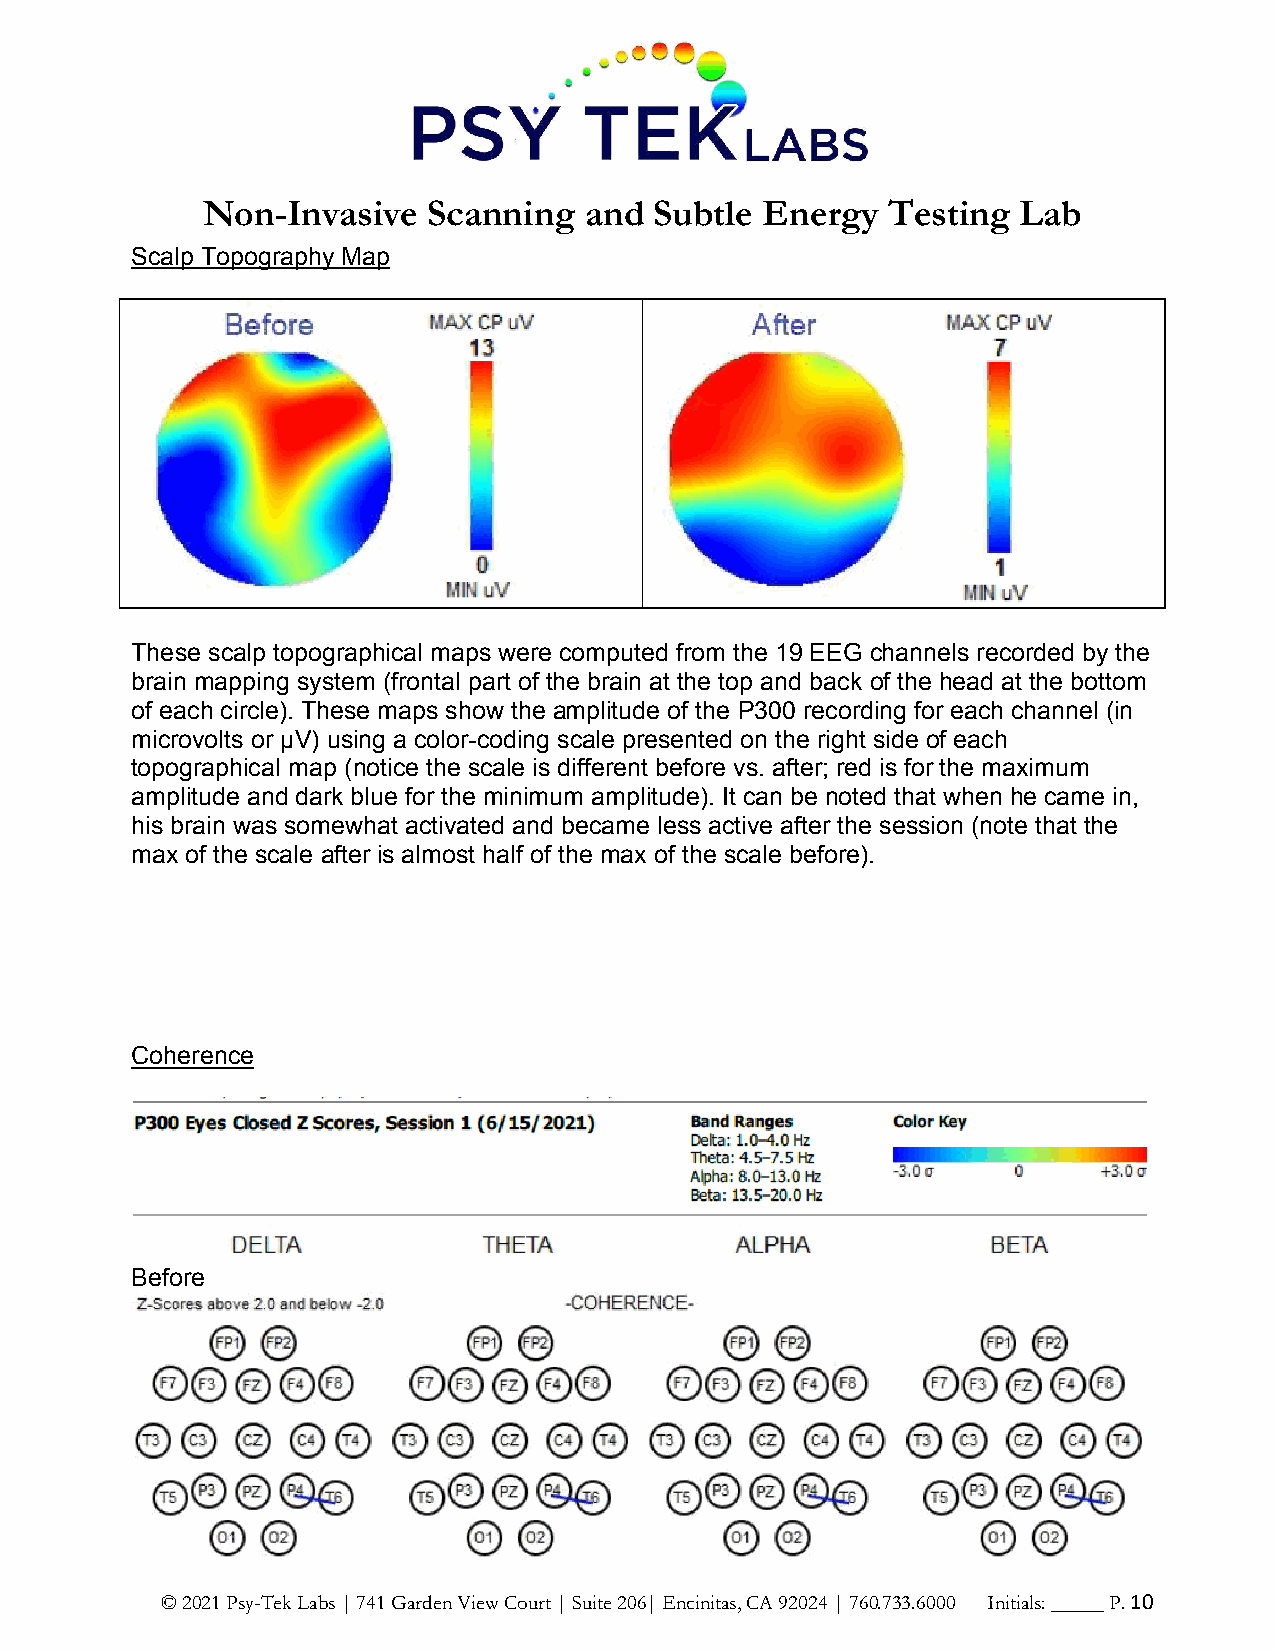
Non-Invasive   Scanning   and Subtle Energy   Testing  Lab
 Scalp Topography Map
 These scalp topographical maps were computed from the 19 EEG channels recorded by the
 brain mapping system (frontal part of the brain at the top and back of the head at the bottom
 of each circle). These maps show the amplitude of the P300 recording for each channel (in
 microvolts or µV) using a color-coding scale presented on the right side of each
 topographical map (notice the scale is different before vs. after; red is for the maximum
 amplitude and dark blue for the minimum amplitude). It can be noted that when he came in,
 his brain was somewhat activated and became less active after the session (note that the
 max of the scale after is almost half of the max of the scale before).
 Coherence
 Before
 © 2021 Psy-Tek Labs | 741 Garden View Court | Suite 206| Encinitas, CA 92024 | 760.733.6000 Initials: _____ P. 10